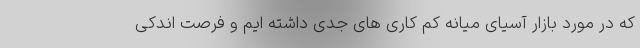
که در مورد بازار آسیای میانه کم کاری های جدی داشته ایم و فرصت اندکی